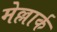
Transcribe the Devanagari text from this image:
मेल्लार्क